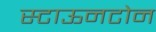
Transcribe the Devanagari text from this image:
स्टाऊनटोन